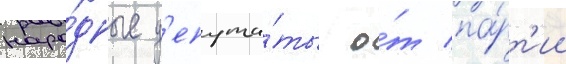
наро́дные д'епута́ты о́т па́рт'ии